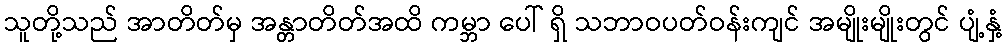
သူတို့သည် အာတိတ်မှ အန္တာတိတ်အထိ ကမ္ဘာ ပေါ် ရှိ သဘာဝပတ်ဝန်းကျင် အမျိုးမျိုးတွင် ပျံ့နှံ့